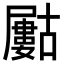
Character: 𡳰